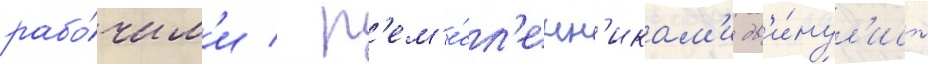
рабо́чим'и / р'ем'е́сл'енн'икам'и дв'и́нул'ись